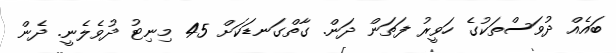
ބައެއް ދުވަސްތަކުގެ ހަވީރު ފަތަން ދަން. ގާތްގަނޑަކަށް 45 މިނިޓު ދުވެލެނީ. ދެން